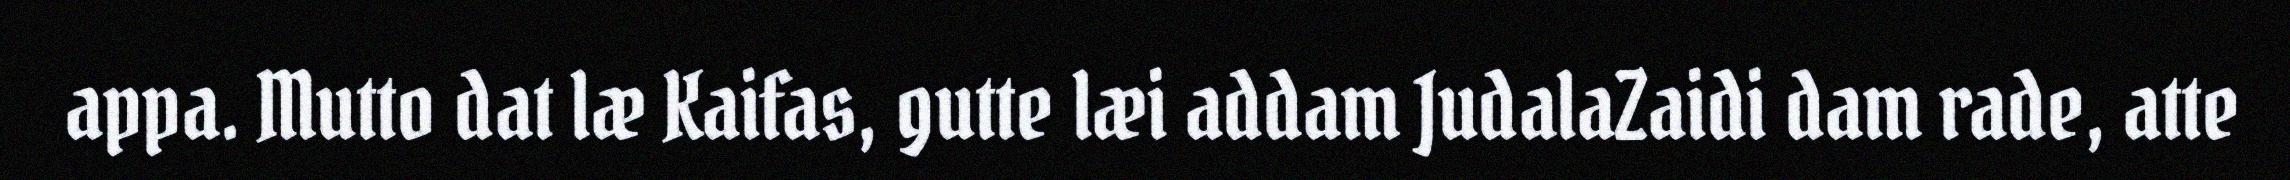
appa. Mutto dat læ Kaifas, gutte læi addam JudalaZaidi dam rade, atte